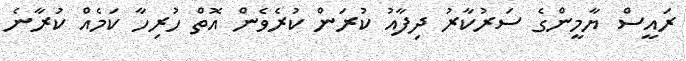
ރައީސް ޔާމީންގެ ސަރުކާރު ދިފާއު ކުރަން ކުރެވެން އޮތް ހުރިހާ ކަމެއް ކުރާނެ